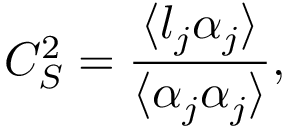
C _ { S } ^ { 2 } = \frac { \langle l _ { j } \alpha _ { j } \rangle } { \langle \alpha _ { j } \alpha _ { j } \rangle } ,